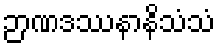
ဉာဏဒဿနာနိသံသံ